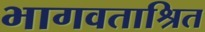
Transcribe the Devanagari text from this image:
भागवताश्रित